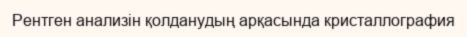
Рентген анализін қолданудың арқасында кристаллография